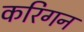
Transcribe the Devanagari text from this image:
करिगन